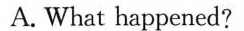
A. What happened?